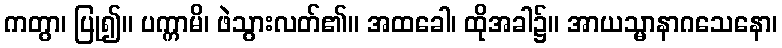
ကတွာ၊ ပြု၍။ ပက္ကာမိ၊ ဖဲသွားလတ်၏။ အထခေါ၊ ထိုအခါ၌။ အာယသ္မာနာဂသေနော၊